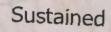
Sustained